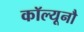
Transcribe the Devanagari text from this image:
कॉल्यूनौ